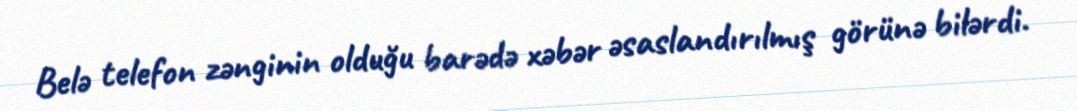
Belə telefon zənginin olduğu barədə xəbər əsaslandırılmış görünə bilərdi.